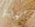
أفجر